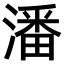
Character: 潘